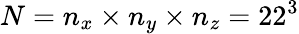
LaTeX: N=n_{x}\times n_{y}\times n_{z}=22^{3}